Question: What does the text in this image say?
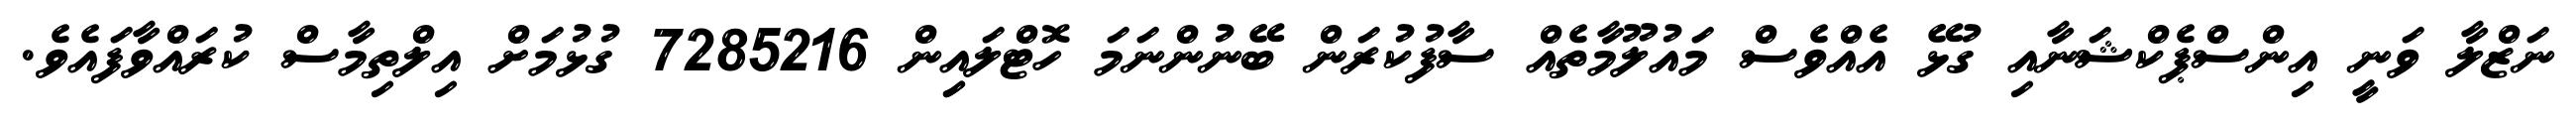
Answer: ނަޒްލާ ވަނީ އިންސްޕެކްޝަނާއި ގުޅޭ އެއްވެސް މައުލޫމާތެއް ސާފުކުރަން ބޭނުންނަމަ ހޮޓްލައިިން 7285216 ގުޅުމަށް އިލްތިމާސް ކުރައްވާފައެވެ.